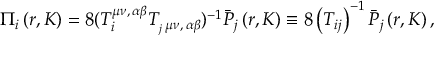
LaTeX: \Pi _ { i } \left( r , K \right) = 8 ( T _ { i } ^ { \mu \nu , \, \alpha \beta } T _ { _ j \, \mu \nu , \, \alpha \beta } ) ^ { - 1 } \bar { P } _ { j } \left( r , K \right) \equiv 8 \left( T _ { i j } \right) ^ { - 1 } \bar { P } _ { j } \left( r , K \right) ,